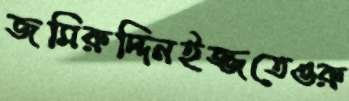
জমিরুদ্দিনইজ্জতেওরু